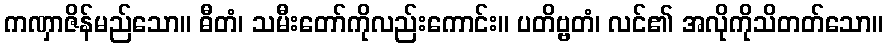
ကဏှာဇိန်မည်သော။ ဓီတံ၊ သမီးတော်ကိုလည်းကောင်း။ ပတိဗ္ဗတံ၊ လင်၏ အလိုကိုသိတတ်သော။